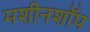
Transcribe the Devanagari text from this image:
मशीनशॉप